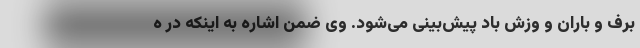
برف و باران و وزش باد پیش‌بینی می‌شود. وی ضمن اشاره به اینکه در ه